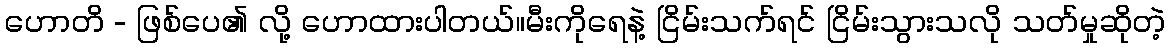
ဟောတိ - ဖြစ်ပေ၏ လို့ ဟောထားပါတယ်။မီးကိုရေနဲ့ ငြိမ်းသက်ရင် ငြိမ်းသွားသလို သတ်မှုဆိုတဲ့